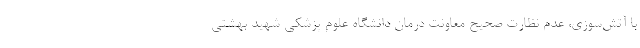
با آتش‌سوزی، عدم نظارت صحیح معاونت درمان دانشگاه علوم پزشکی شهید بهشتی